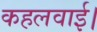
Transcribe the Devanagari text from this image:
कहलवाई।